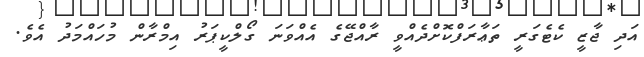
އަދި ޖާޒީ ކެޓެގަރީ ތަޢާރަފްކޮށްދެއްވީ ރާއްޖޭގެ އެއްވަނަ ގޯލްކީޕަރު އިމްރާން މުހައްމަދު އެވެ.